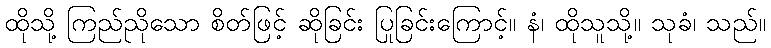
ထိုသို့ ကြည်ညိုသော စိတ်ဖြင့် ဆိုခြင်း ပြုခြင်းကြောင့်။ နံ၊ ထိုသူသို့။ သုခံ၊ သည်။